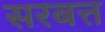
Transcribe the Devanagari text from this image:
सरबत्त